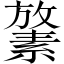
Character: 𪯛